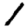
Digit: 1